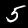
Label: 5